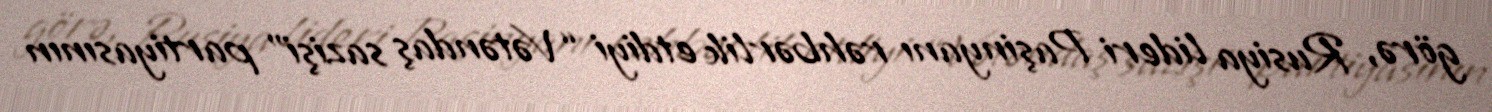
görə, Rusiya lideri Paşinyanı rəhbərlik etdiyi “Vətəndaş sazişi” partiyasının